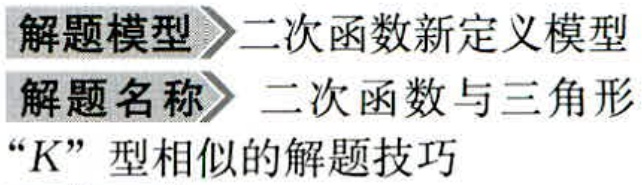
解题模型>二次函数新定义模型
解题名称>二次函数与三角形
“K”型相似的解题技巧